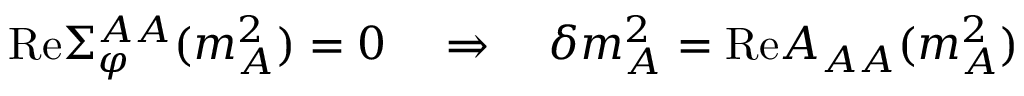
\mathrm { R e } \Sigma _ { \varphi } ^ { A A } ( m _ { A } ^ { 2 } ) = 0 \quad \Rightarrow \quad \delta m _ { A } ^ { 2 } = \mathrm { R e } A _ { A A } ( m _ { A } ^ { 2 } )